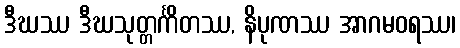
ဒီဃဿ ဒီဃသုတ္တင်္ကိတဿ, နိပုဏဿ အာဂမဝရဿ၊